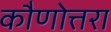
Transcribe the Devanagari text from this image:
कौणोत्तरा